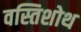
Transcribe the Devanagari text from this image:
वस्तिशोथ